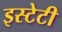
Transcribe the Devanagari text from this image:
इस्टेटी